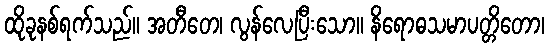
ထိုခုနစ်ရက်သည်။ အတီတေ၊ လွန်လေပြီးသော။ နိရောဓသမာပတ္တိတော၊